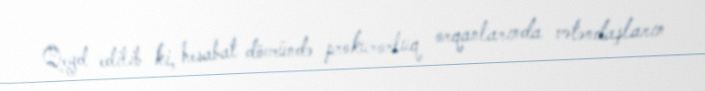
Qeyd edilib ki, hesabat dövründə prokurorluq orqanlarında vətəndaşların